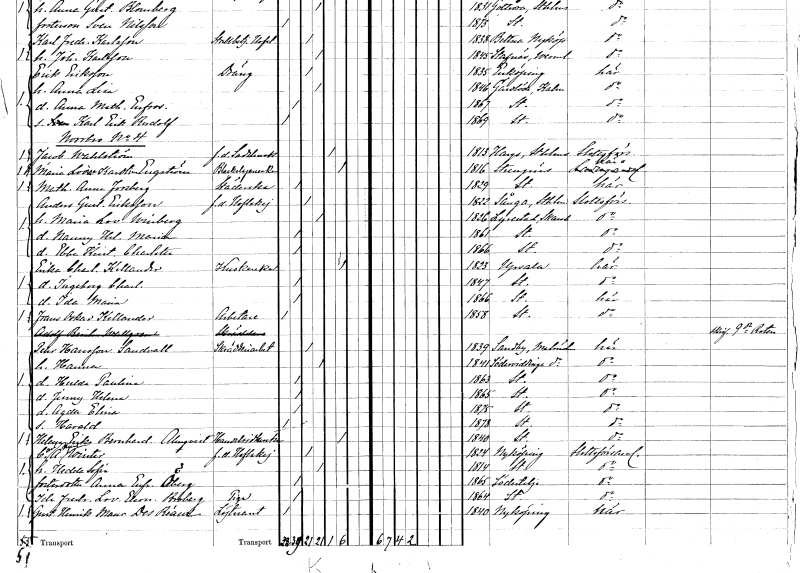
gt_parse: households: individuals: FN: Jacob
EN: Wahlström
YRKE: Sadelmakare f.d.
KON: M
CIV: E
FODAR: 1813
FODFORS: Harg Uppsala län
FN: Maria Lovisa Karolina
EN: Engström
YRKE: Bleckslagareänka
KON: K
CIV: E
FODAR: 1816
FODFORS: Strängnäs Södermanlands län
FN: Mathilda Anna
EN: Forsberg
YRKE: Städerska
KON: K
CIV: O
FODAR: 1829
FODFORS: Stockholm
FN: Anders Gustaf
EN: Eriksson
YRKE: Hovlakej f.d.
KON: M
CIV: G
FODAR: 1822
FODFORS: Sånga Stockholms län
FN: Maria Lovisa
EN: Winberg
KON: K
CIV: G
FODAR: 1826
FODFORS: Lyrestad Skaraborgs län
FN: Nanny Helena Maria
KON: K
CIV: O
FODAR: 1861
FODFORS: Stockholm
FN: Ebba Kristina Charlotta
KON: K
CIV: O
FODAR: 1866
FODFORS: Stockholm
FN: Erika Charlotta
EN: Kellander
YRKE: Kuskänka
KON: K
CIV: E
FODAR: 1823
FODFORS: Uppsala Uppsala län
FN: Ingeborg Charlotta
KON: K
CIV: O
FODAR: 1847
FODFORS: Stockholm
FN: Ida Maria
KON: K
CIV: O
FODAR: 1866
FODFORS: Stockholm
FN: Frans Oskar
EN: Kellander
YRKE: Arbetare
KON: M
CIV: O
FODAR: 1858
FODFORS: Stockholm
FN: Adolf Reinhold
EN: Wallgren
YRKE: Skräddare
KON: M
CIV: U
FODAR: ????
FN: Pehr
EN: Hansson Sandvall
YRKE: Skrädderiarbetare
KON: M
CIV: G
FODAR: 1839
FODFORS: Sandby Malmöhus län
FN: Hanna
KON: K
CIV: G
FODAR: 1841
FODFORS: Södervidinge Malmöhus län
FN: Hulda Paulina
KON: K
CIV: O
FODAR: 1863
FODFORS: Stockholm
FN: Jenny Helena
KON: K
CIV: O
FODAR: 1865
FODFORS: Stockholm
FN: Agda Elina
KON: K
CIV: O
FODAR: 1875
FODFORS: Stockholm
FN: Harald
KON: M
CIV: O
FODAR: 1878
FODFORS: Stockholm
FN: Helena Erika Bernhardina
EN: Almqvist
YRKE: Handelsidkareänka
KON: K
CIV: E
FODAR: 1840
FODFORS: Stockholm
FN: Carl August
EN: Winter
YRKE: Hovlakej f.d.
KON: M
CIV: G
FODAR: 1824
FODFORS: Nyköping Södermanlands län
FN: Hedda Sofia
KON: K
CIV: G
FODAR: 1814
FODFORS: Stockholm
FN: Anna Eufrosyne
EN: Öberg
KON: K
CIV: O
FODAR: 1865
FODFORS: Södertälje Stockholms län
FN: Ida Fredrika Lovisa Eleonora
EN: Broberg
YRKE: Piga
KON: K
CIV: O
FODAR: 1864
FODFORS: Stockholm
FN: Gustaf Henrik Mauritz
EN: des Réaux
YRKE: Löjtnant
KON: M
CIV: O
FODAR: 1840
FODFORS: Nyköping Södermanlands län